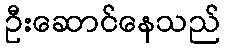
ဦးဆောင်နေသည်